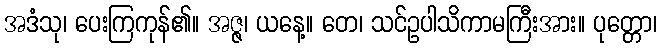
အဒံသု၊ ပေးကြကုန်၏။ အဇ္ဇ၊ ယနေ့။ တေ၊ သင်ဥပါသိကာမကြီးအား။ ပုတ္တော၊